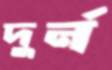
দুর্ন